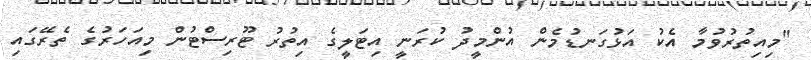
"މިއިތުރުވުމާ އެކު އަޅުގަނޑުމެން އުންމީދު ކުރަނީ އިޓަލީގެ އިތުރު ޓޫރިސްޓުން މިއަހަރުގެ ތެރޭގައި